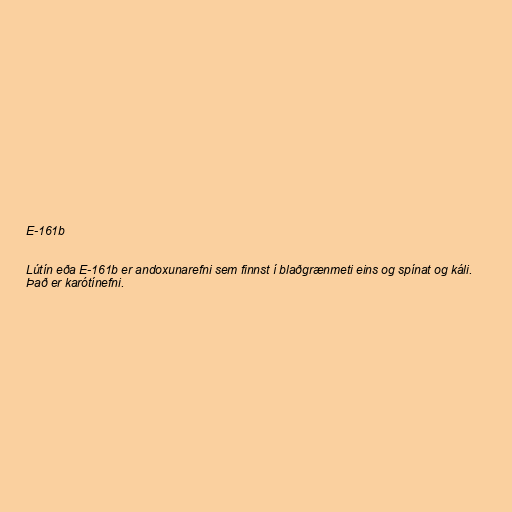
E-161b

Lútín eða E-161b er andoxunarefni sem finnst í blaðgrænmeti eins og spínat og káli.
Það er karótínefni.